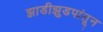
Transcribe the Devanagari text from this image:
झाडीझुडपांतून